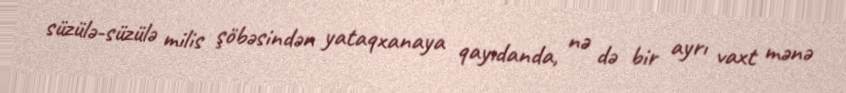
süzülə-süzülə milis şöbəsindən yataqxanaya qayıdanda, nə də bir ayrı vaxt mənə